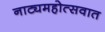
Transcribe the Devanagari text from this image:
नाट्यमहोत्सवात